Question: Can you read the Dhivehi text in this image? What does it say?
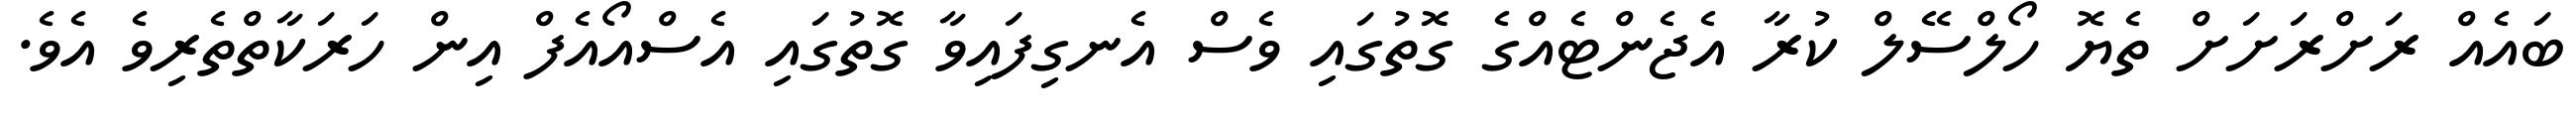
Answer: ބައެއް ރަށްރަށަށް ތެޔޮ ހޯލްސޭލް ކުރާ އެޖެންޓެއްގެ ގޮތުގައި ވެސް އެނގިފައިވާ ގޮތުގައި އެސްއޯއެފް އިން ހަރަކާތްތެރިވެ އެވެ.